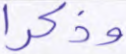
وذكرا